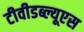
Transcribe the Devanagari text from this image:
टीवीडब्ल्यूएस